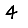
Digit: 4